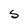
Character: S